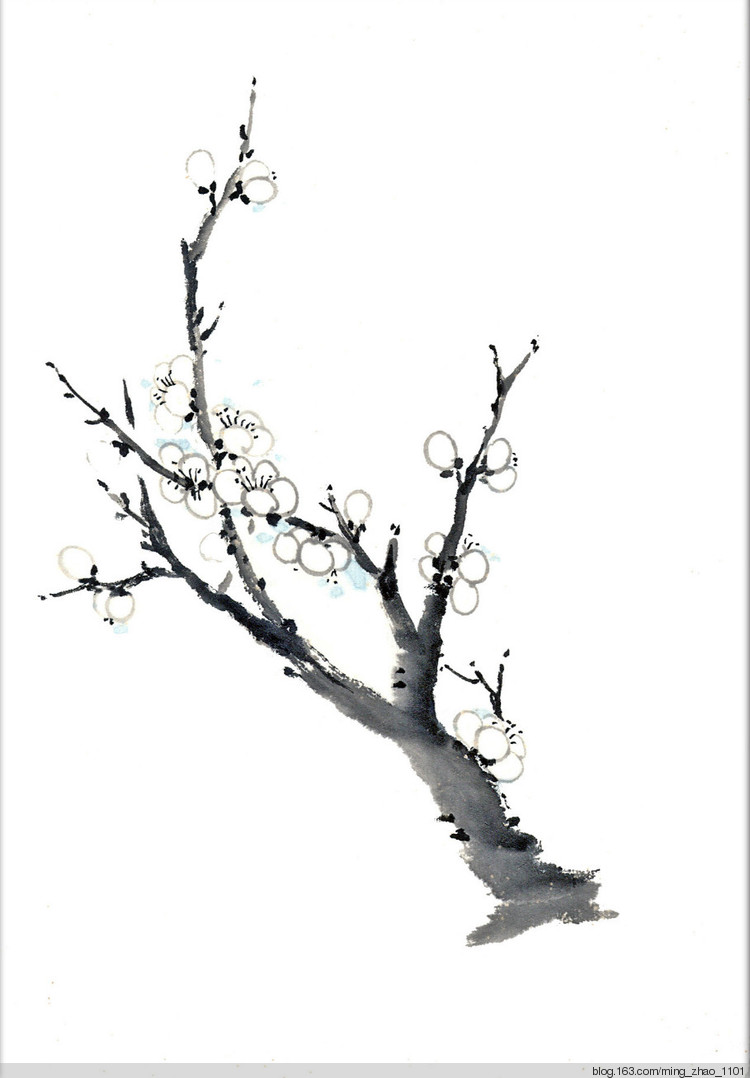
学不可以已。